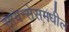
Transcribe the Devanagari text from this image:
सायन्सेसमधील